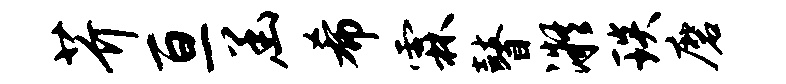
芥亘函希霖瞽凝琰磨